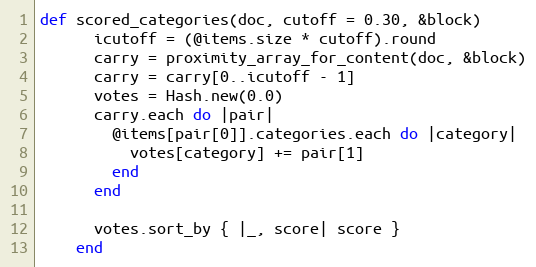
Language: Ruby
def scored_categories(doc, cutoff = 0.30, &block)
      icutoff = (@items.size * cutoff).round
      carry = proximity_array_for_content(doc, &block)
      carry = carry[0..icutoff - 1]
      votes = Hash.new(0.0)
      carry.each do |pair|
        @items[pair[0]].categories.each do |category|
          votes[category] += pair[1]
        end
      end

      votes.sort_by { |_, score| score }
    end